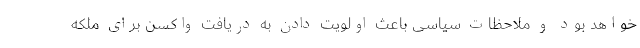
خواهد بود و ملاحظات سیاسی باعث اولویت دادن به دریافت واکسن برای ملکه